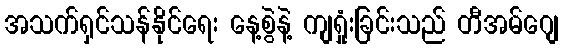
အသက်ရှင်သန်နိုင်ရေး နေ့စွဲနဲ့ ကျရှုံးခြင်းသည် တီအမ်ဂျေ